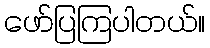
ဖော်ပြကြပါတယ်။